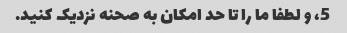
5، و لطفا ما را تا حد امکان به صحنه نزدیک کنید.